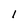
Character: 1